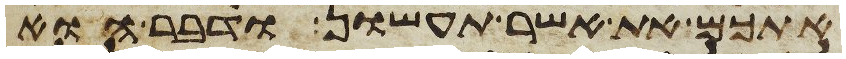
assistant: אתכם את אשר תעשון ודבר הוא